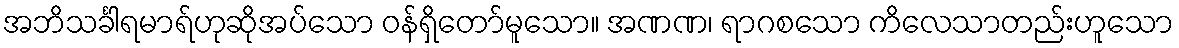
အဘိသင်္ခါရမာရ်ဟုဆိုအပ်သော ဝန်ရှိတော်မူသော။ အဏဏ၊ ရာဂစသော ကိလေသာတည်းဟူသော